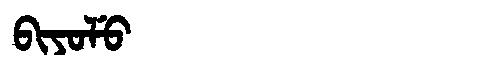
Manchu: ᠪᡳᠶᠣᠯᡠ
Romanization: BIYOLU